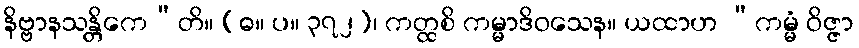
နိဗ္ဗာနသန္တိကေ”တိ။ (ဓ။ ပ။ ၃၇၂)၊ ကတ္ထစိ ကမ္မာဒိဝသေန။ ယထာဟ “ကမ္မံ ဝိဇ္ဇာ